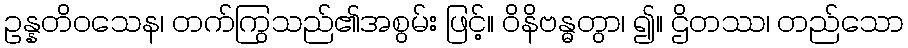
ဥန္နတိဝသေန၊ တက်ကြွသည်၏အစွမ်း ဖြင့်။ ဝိနိဗန္ဓတွာ၊ ၍။ ဌိတဿ၊ တည်သော